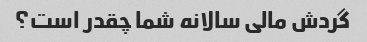
گردش مالی سالانه شما چقدر است؟